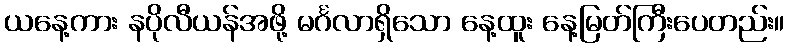
ယနေ့ကား နပိုလီယန်အဖို့ မင်္ဂလာရှိသော နေ့ထူး နေ့မြတ်ကြီးပေတည်း။